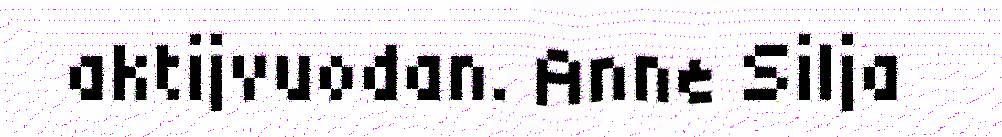
aktijvuodan. Anne Silja